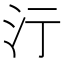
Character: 𣲇